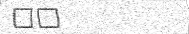
١٦